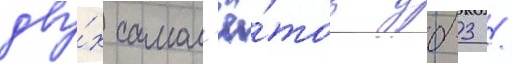
дву́х самол'ё́тов дб-3 /